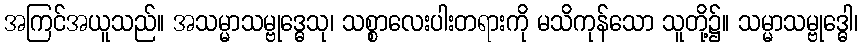
အကြင်အယူသည်။ အသမ္မာသမ္ဗုဒ္ဓေသု၊ သစ္စာလေးပါးတရားကို မသိကုန်သော သူတို့၌။ သမ္မာသမ္ဗုဒ္ဓေါ၊